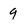
Character: 9